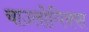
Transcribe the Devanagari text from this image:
चाउलोगिक्स